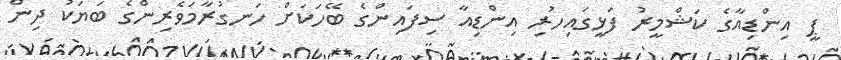
ޕީ އިންޑިއާގެ ކަޝްމީރު ފަޅީގައިހުރި އިންޑިއާ ސިފައިންގެ ބޭހަކަށް ހަނގުރާމަވެރިންގެ ބަޔަކު ދިން